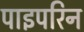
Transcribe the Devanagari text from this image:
पाइपरिन